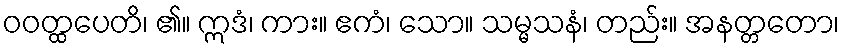
ဝဝတ္ထပေတိ၊ ၏။ ဣဒံ၊ ကား။ ဧကံ၊ သော။ သမ္မသနံ၊ တည်း။ အနတ္တတော၊